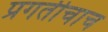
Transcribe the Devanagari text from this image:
प्रगतीचाच